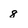
Character: 8